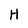
Character: H